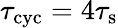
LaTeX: \tau_{\mathrm{cyc}}=4\tau_{\mathrm{s}}